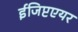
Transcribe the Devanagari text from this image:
ईजिप्टएयर